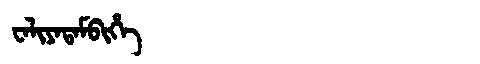
Manchu: ᠸᠠᠯᡳᠶᠠᡨᠠᠮᠪᡳᡥᡝ
Romanization: WALIYATAMBIHE